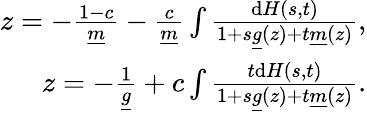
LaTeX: \begin{array}{r}{z=-\frac{1-c}{\underline{{m}}}-\frac{c}{\underline{{m}}}\int\frac{\mathrm{d}H(s,t)}{1+s\underline{{g}}(z)+t\underline{{m}}(z)},}\\ {z=-\frac{1}{\underline{{g}}}+c\int\frac{t\mathrm{d}H(s,t)}{1+s\underline{{g}}(z)+t\underline{{m}}(z)}.}\end{array}